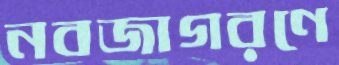
নবজাগরণে